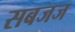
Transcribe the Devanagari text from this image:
सबजज